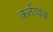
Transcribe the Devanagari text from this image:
कर्तव्यश्च